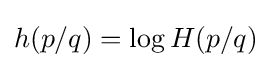
h(p/q)=\log H(p/q)